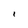
Character: 1